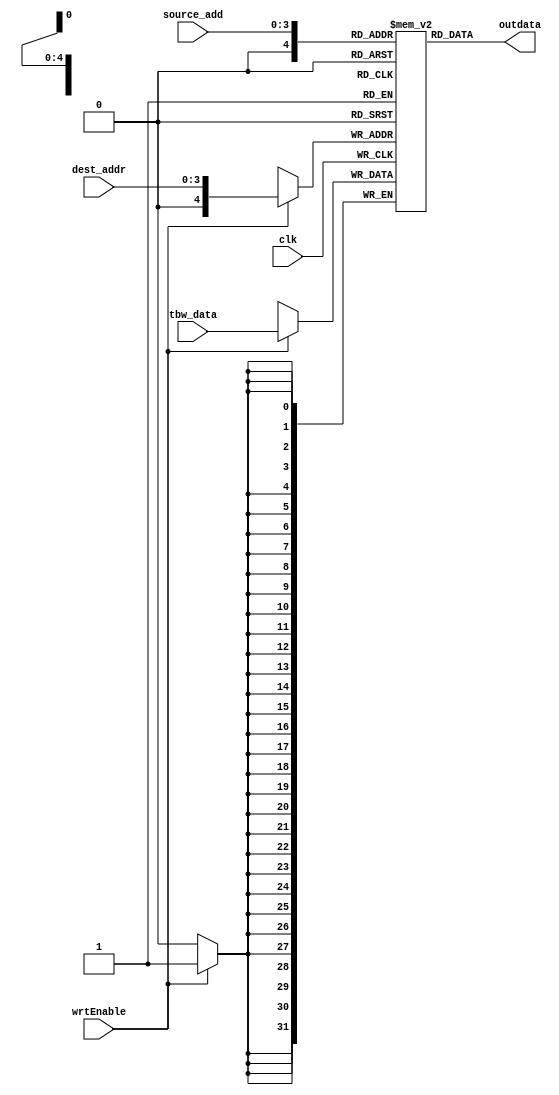
/*
 * PIGRO, a super simple 32bit RISC microprocessor
 * 
 * data memory
 *
 *
 * Copyright (C) 2019 Luca Rizzon
 *
 * This program is free software: you can redistribute it and/or modify
 * it under the terms of the GNU Affero General Public License as published
 * by the Free Software Foundation, either version 3 of the License, or
 * (at your option) any later version.
 *
 * This program is distributed in the hope that it will be useful,
 * but WITHOUT ANY WARRANTY; without even the implied warranty of
 * MERCHANTABILITY or FITNESS FOR A PARTICULAR PURPOSE.  See the
 * GNU Affero General Public License for more details.
 *
 * You should have received a copy of the GNU Affero General Public License
 * along with this program.  If not, see <https://www.gnu.org/licenses/>.
 */

`timescale 10ns / 1ns

module data_mem(
        tbw_data, clk, dest_addr, source_add, wrtEnable,
        outdata
    );
    
    input signed  [31:0] tbw_data;
    input                clk;
    input                wrtEnable;
    input         [3:0]  dest_addr;
    input         [3:0]  source_add;

    output signed [31:0] outdata;

    reg [31:0] mem[31:0];  // 32 location of 32bit space


    integer i;
    initial begin	
        for(i=0; i<32; i = i+1)
            mem[i] = i;
    end
    
    // WRITE
    always @ (posedge clk) begin
        if(wrtEnable == 1)
            mem[dest_addr] <= tbw_data;
    end

    // READ
    assign outdata = mem[source_add];
    
endmodule